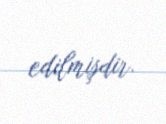
edilmişdir.